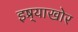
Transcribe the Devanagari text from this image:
इष्र्याखोर